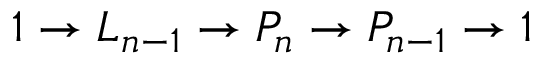
1 \to L _ { n - 1 } \to P _ { n } \to P _ { n - 1 } \to 1